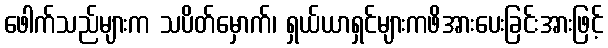
ဖေါက်သည်များက သပိတ်မှောက်၊ ရှယ်ယာရှင်များကဖိအားပေးခြင်းအားဖြင့်